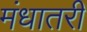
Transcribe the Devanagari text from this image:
मंधातरी